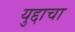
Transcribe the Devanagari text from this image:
युद्दाचा